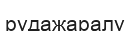
рудажаралу